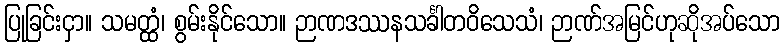
ပြုခြင်းငှာ။ သမတ္ထံ၊ စွမ်းနိုင်သော။ ဉာဏဒဿနသင်္ခါတဝိသေသံ၊ ဉာဏ်အမြင်ဟုဆိုအပ်သော